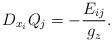
LaTeX: \begin{align*} D_{x_i}Q_j = -\frac{E_{ij}}{g_z}. \end{align*}